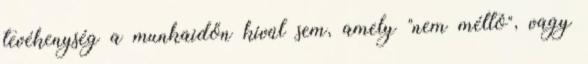
tevékenység a munkaidőn kívül sem, amely "nem méltó", vagy